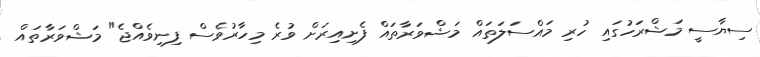
ސިޔާސީ މަޝްރަހުގައި ހުރި މައްސަލަތައް މަޝްވަރާތައް ފެށިއިރަށް ވުރެ މިހާރުވެސް ފިނިވެއްޖެ" މަޝްވަރާތައް